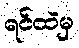
ရင်ထဲမှ